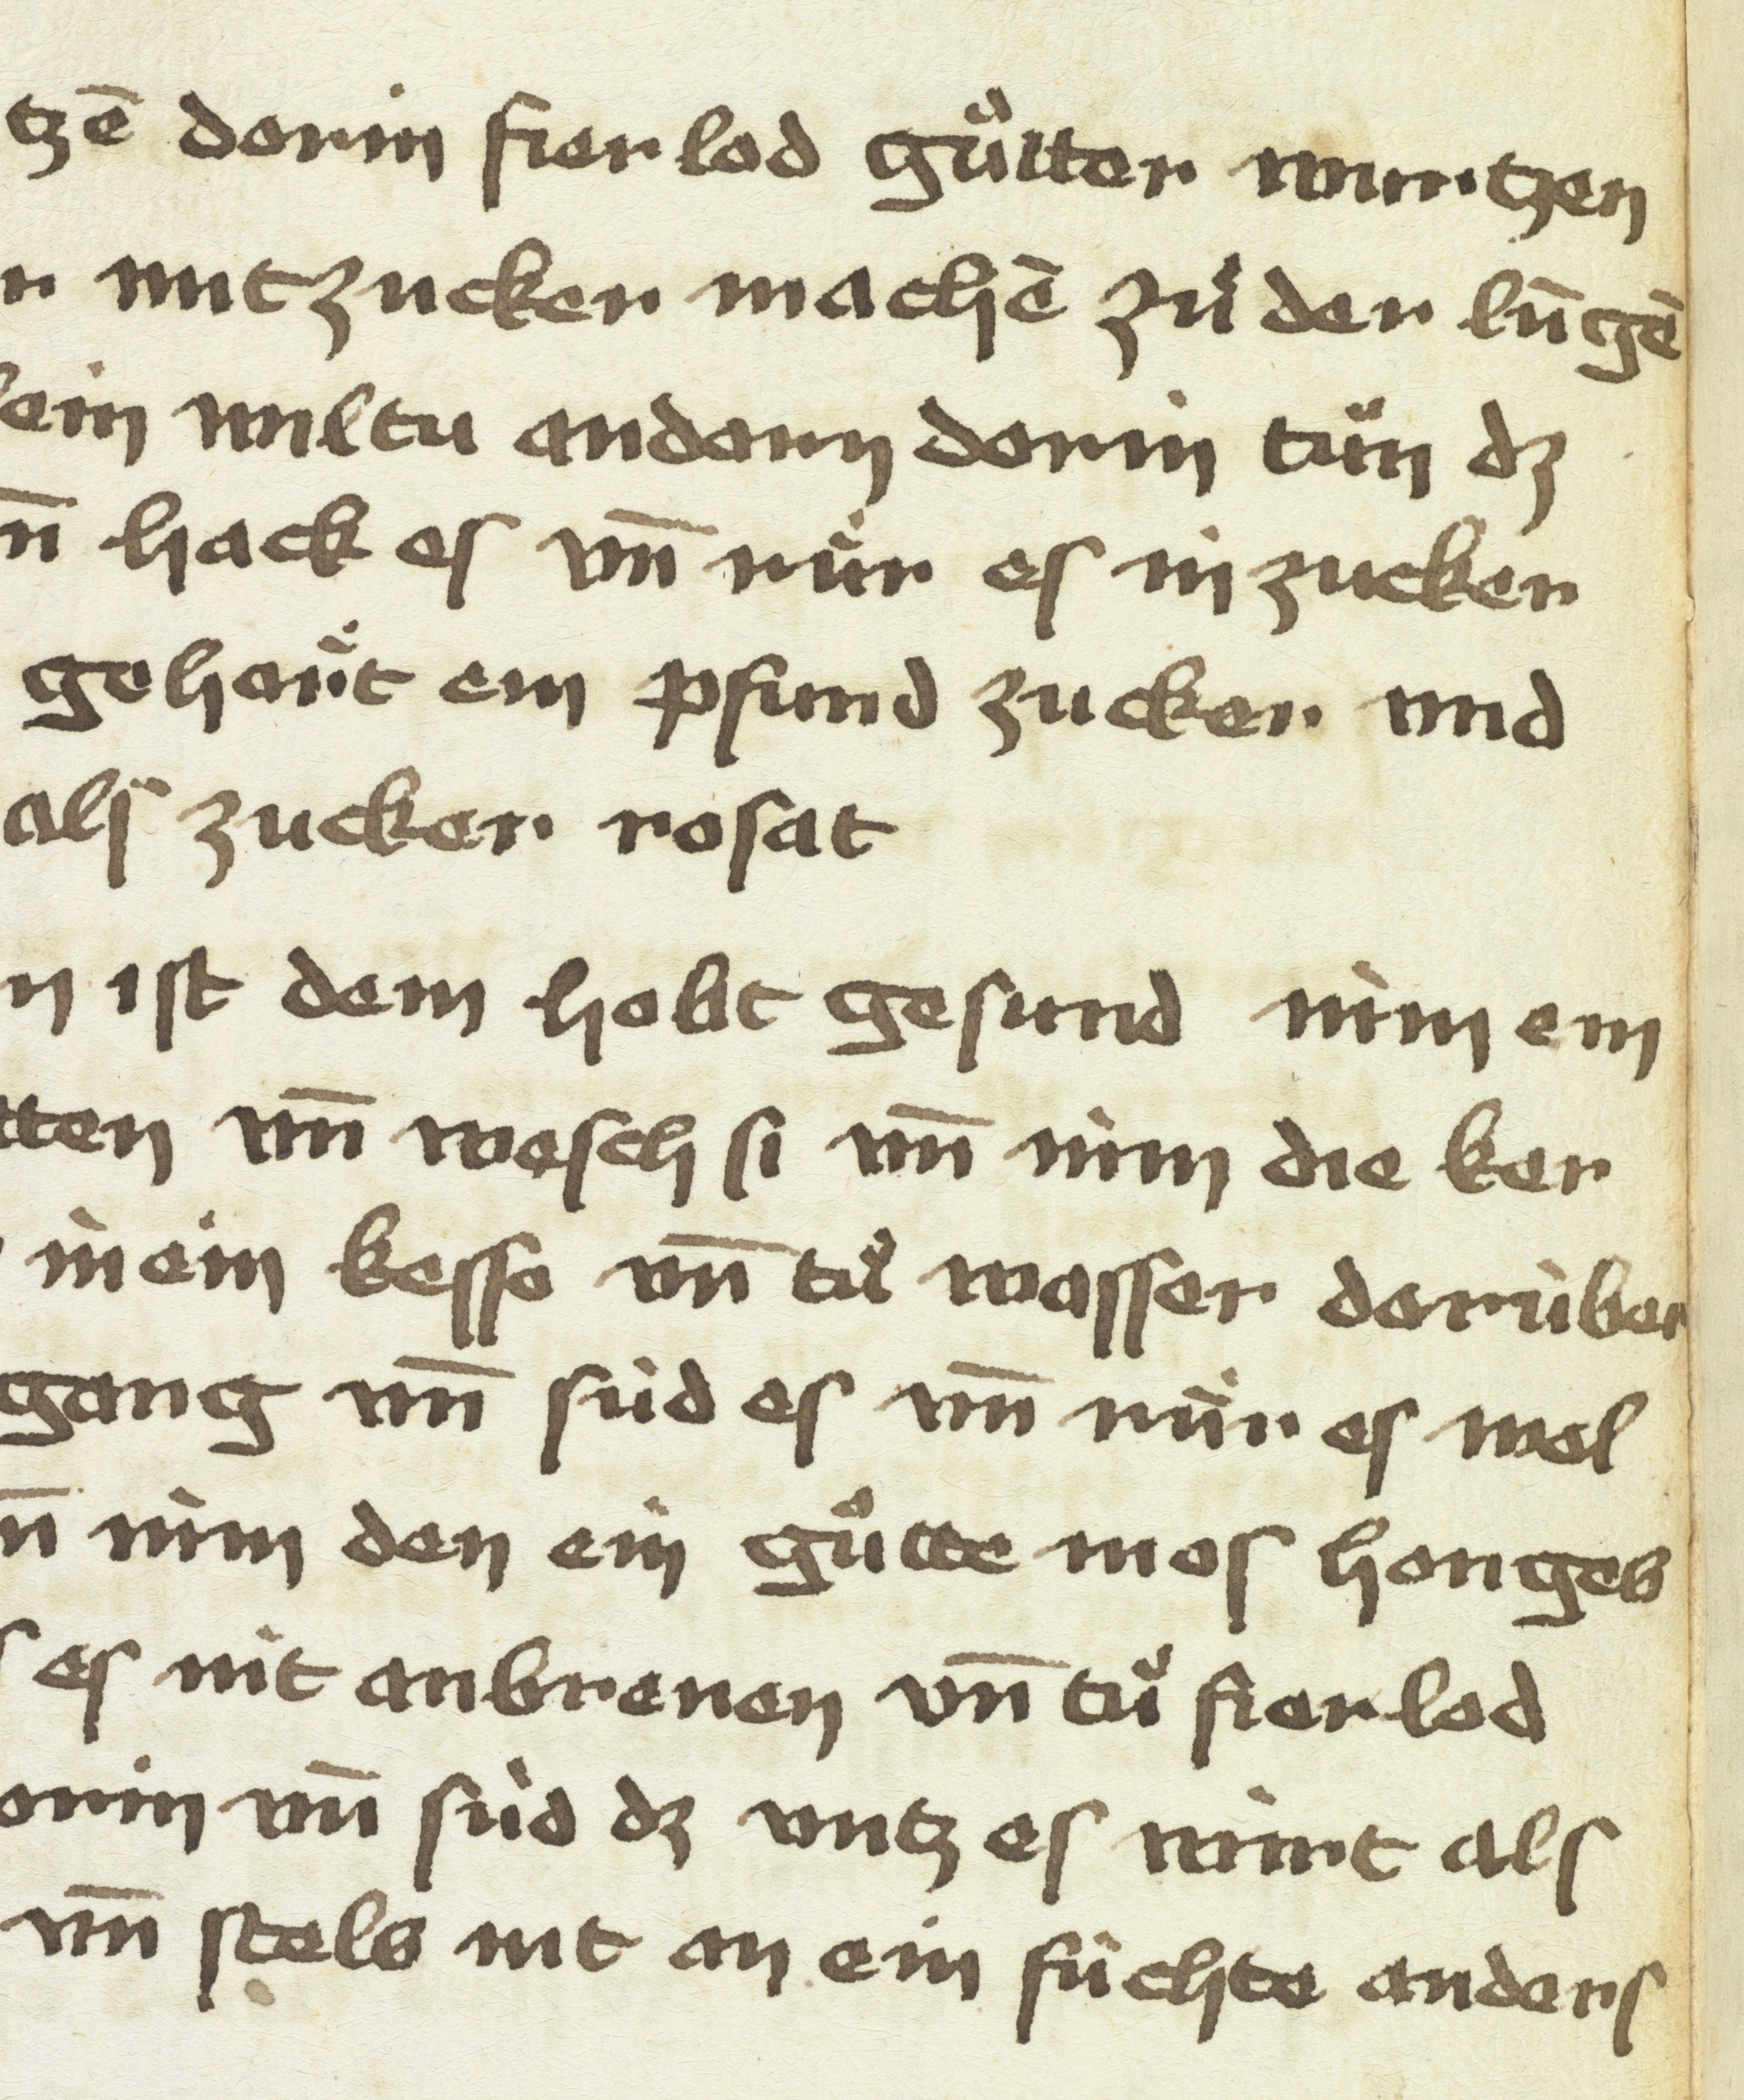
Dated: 1475–1499